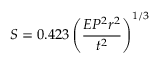
S = 0 . 4 2 3 \left( \frac { E P ^ { 2 } r ^ { 2 } } { t ^ { 2 } } \right) ^ { 1 / 3 }